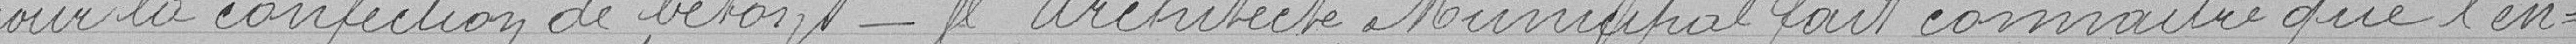
pour la confection de béton - l'Architecte Municipal fait connaitre que l'en=